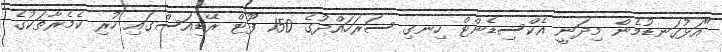
"އަޅުގަނޑުމެން މިދަނީ އެކްސިޑެންޓް ހިނގި ސަރަހައްދުގެ 150 ފޫޓް ރޭޑިއަސްގައި ހުރި ކެމެރާތަކުގެ